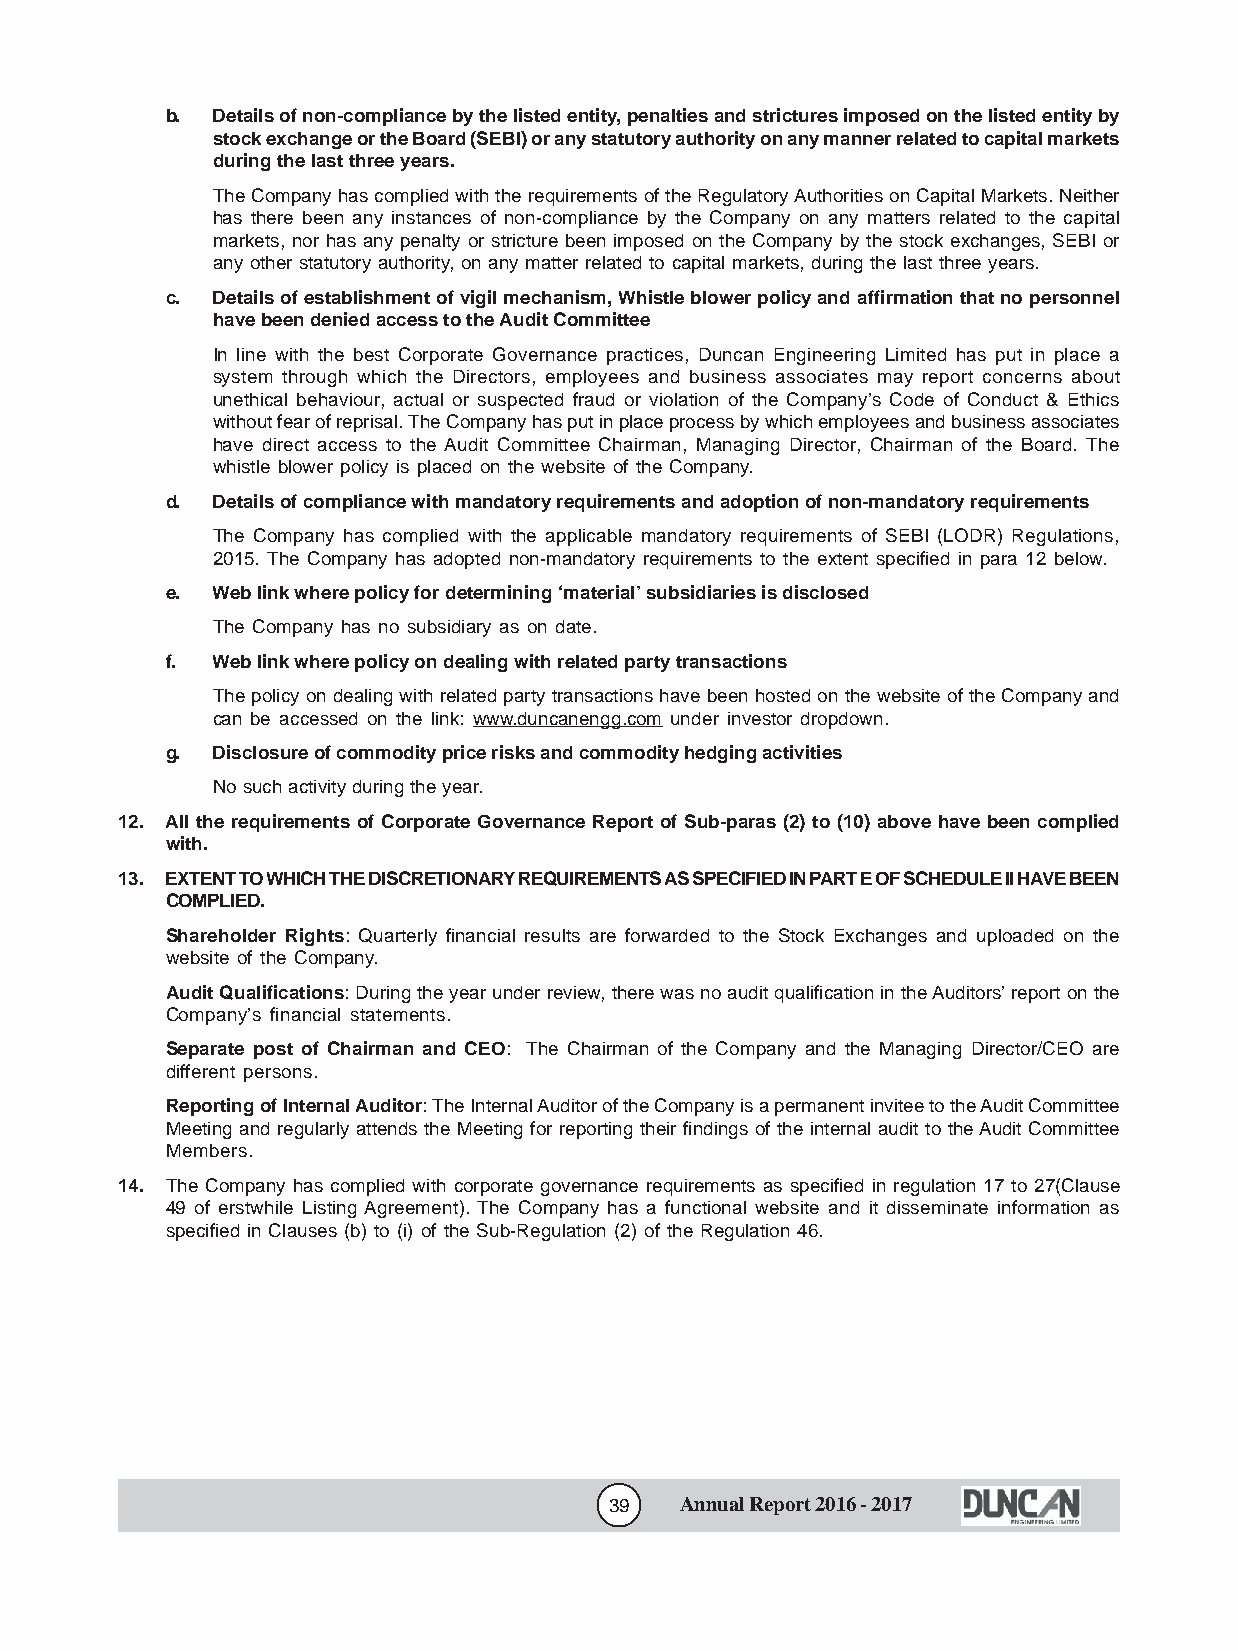
b. Details of non-compliance by the listed entity, penalties and strictures imposed on the listed entity by
 stock exchange or the Board (SEBI) or any statutory authority on any manner related to capital markets
 during the last three years.
 The Company has complied with the requirements of the Regulatory Authorities on Capital Markets. Neither
 has there been any instances of non-compliance by the Company on any matters related to the capital
 markets, nor has any penalty or stricture been imposed on the Company by the stock exchanges, SEBI or
 any other statutory authority, on any matter related to capital markets, during the last three years.
 c. Details of establishment of vigil mechanism, Whistle blower policy and affirmation that no personnel
 have been denied access to the Audit Committee
 In line with the best Corporate Governance practices, Duncan Engineering Limited has put in place a
 system through which the Directors, employees and business associates may report concerns about
 unethical behaviour, actual or suspected fraud or violation of the Company’s Code of Conduct & Ethics
 without fear of reprisal. The Company has put in place process by which employees and business associates
 have direct access to the Audit Committee Chairman, Managing Director, Chairman of the Board. The
 whistle blower policy is placed on the website of the Company.
 d. Details of compliance with mandatory requirements and adoption of non-mandatory requirements
 The Company has complied with the applicable mandatory requirements of SEBI (LODR) Regulations,
 2015. The Company has adopted non-mandatory requirements to the extent specified in para 12 below.
 e. Web link where policy for determining ‘material’ subsidiaries is disclosed
 The Company has no subsidiary as on date.
 f. Web link where policy on dealing with related party transactions
 The policy on dealing with related party transactions have been hosted on the website of the Company and
 can be accessed on the link: www.duncanengg.com under investor dropdown.
 g. Disclosure of commodity price risks and commodity hedging activities
 No such activity during the year.
 12. All the requirements of Corporate Governance Report of Sub-paras (2) to (10) above have been complied
 with.
 13. EXTENT TO WHICH THE DISCRETIONARY REQUIREMENTS AS SPECIFIED IN PART E OF SCHEDULE II HAVE BEEN
 COMPLIED.
 Shareholder Rights: Quarterly financial results are forwarded to the Stock Exchanges and uploaded on the
 website of the Company.
 Audit Qualifications: During the year under review, there was no audit qualification in the Auditors’ report on the
 Company’s financial statements.
 Separate post of Chairman and CEO: The Chairman of the Company and the Managing Director/CEO are
 different persons.
 Reporting of Internal Auditor: The Internal Auditor of the Company is a permanent invitee to the Audit Committee
 Meeting and regularly attends the Meeting for reporting their findings of the internal audit to the Audit Committee
 Members.
 14. The Company has complied with corporate governance requirements as specified in regulation 17 to 27(Clause
 49 of erstwhile Listing Agreement). The Company has a functional website and it disseminate information as
 specified in Clauses (b) to (i) of the Sub-Regulation (2) of the Regulation 46.
 39   Annual Report 2016 - 2017